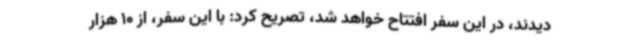
دیدند، در این سفر افتتاح خواهد شد، تصریح کرد: با این سفر، از 10 هزار